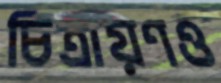
চিত্রায়ণও